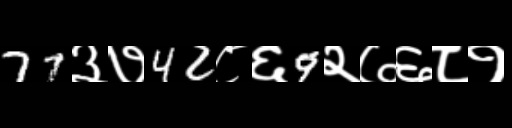
Text: 77३७42८६9२७६८१